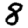
Digit: 8